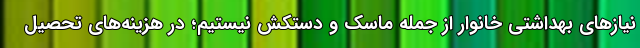
نیازهای بهداشتی خانوار از جمله ماسک و دستکش نیستیم؛ در هزینه‌های تحصیل